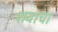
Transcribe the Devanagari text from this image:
शवाचा